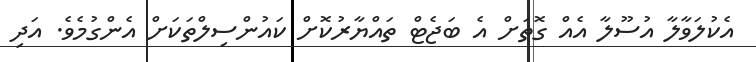
އެކުލަވާލާ އުސޫލާ އެއް ގޮތަށް އެ ބަޖެޓް ތައްޔާރުކޮށް ކައުންސިލްތަކަށް އެންގުމެވެ. އަދި